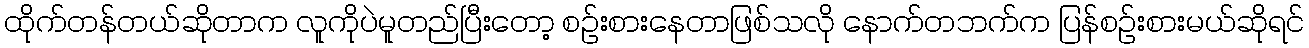
ထိုက်တန်တယ်ဆိုတာက လူကိုပဲမူတည်ပြီးတော့ စဉ်းစားနေတာဖြစ်သလို နောက်တဘက်က ပြန်စဉ်းစားမယ်ဆိုရင်